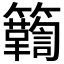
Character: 𮆾